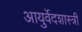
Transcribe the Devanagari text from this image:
आयुर्वेदशास्‍त्री